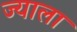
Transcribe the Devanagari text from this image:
ज्‍याला